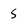
Character: 5